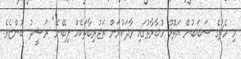
މި މެޗުގެ ސަބަބުން އަތޮޅު މުބާރާތުގައި ވާދަކުރަން ތަޖުރިބާތަކެއް ލިބޭނެ" ރަޝީދު ބުންޏެވެ.